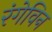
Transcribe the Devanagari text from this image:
रंगेविन